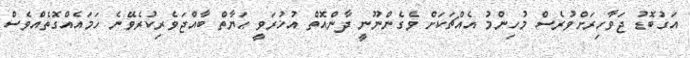
އަގުބޮޑު ޖަވާހިރަށްވުރެސް މުހިންމު އެއްޗަކަށް ވެގެންނޫނީ ދާންއޮތް އުޚުރަވީ ޙަޔާތް ބާއްޖަވެރިކުރެވޭނެ ހަމައެއްގޮތެއްވެސް